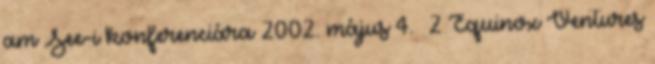
am See-i konferenciára 2002. május 4. 2 Equinox Ventures